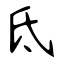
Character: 氐